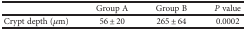
|  | Group A | Group B | P value |
 | --- | --- | --- | --- |
 | Crypt depth (μm) | 56 ± 20 | 265 ± 64 | 0.0002 |